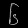
Digit: ၆